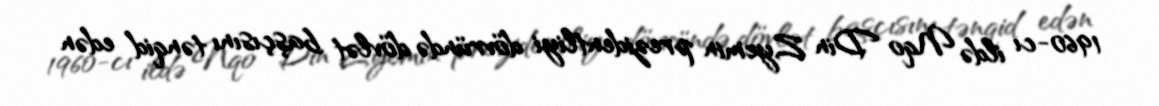
1960-cı ildə Nqo Din Zyemin prezidentliyi dövründə dövlət başçısını tənqid edən